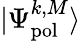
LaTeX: \vert\Psi_{\mathrm{pol}}^{k,M}\rangle